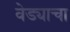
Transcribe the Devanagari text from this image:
वेड्याचा